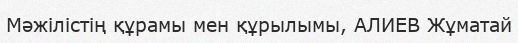
Мәжілістің құрамы мен құрылымы, АЛИЕВ Жұматай